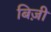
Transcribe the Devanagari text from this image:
बिज़ी